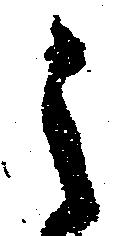
之